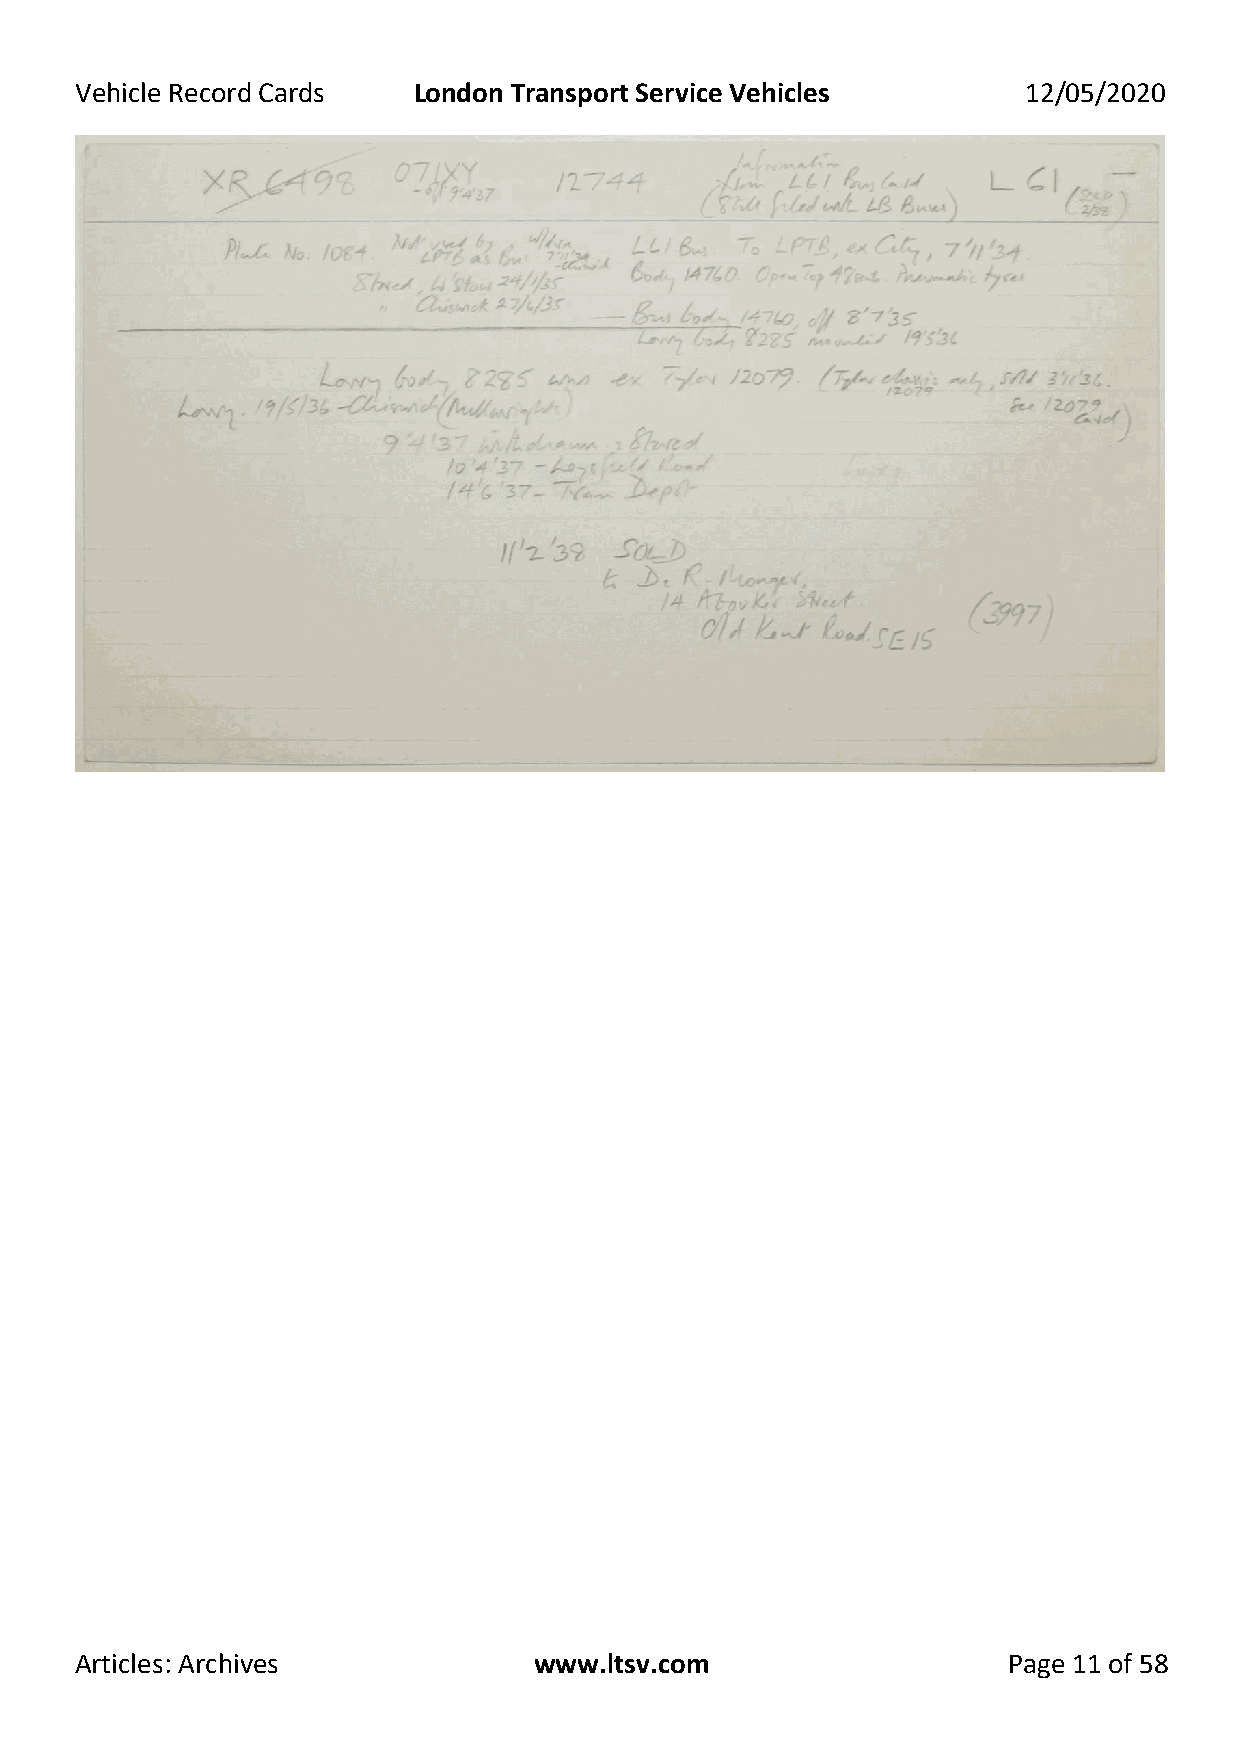
Vehicle Record Cards  London Transport Service Vehicles        12/05/2020
 Articles: Archives            www.ltsv.com                    Page 11 of 58